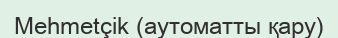
Mehmetçik (аутоматты қару)